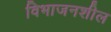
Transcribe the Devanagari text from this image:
विभाजनशील